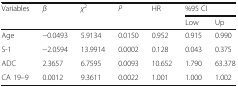
| <ROWSPAN=2> Variables | <ROWSPAN=2> β | <ROWSPAN=2> χ2 | <ROWSPAN=2> P | <ROWSPAN=2> HR | <COLSPAN=2> %95 CI |
 | Low | Up |
 | --- | --- | --- | --- | --- | --- | --- |
 | Age | −0.0493 | 5.9134 | 0.0150 | 0.952 | 0.915 | 0.990 |
 | S-1 | −2.0594 | 13.9914 | 0.0002 | 0.128 | 0.043 | 0.375 |
 | ADC | 2.3657 | 6.7595 | 0.0093 | 10.652 | 1.790 | 63.378 |
 | CA 19–9 | 0.0012 | 9.3611 | 0.0022 | 1.001 | 1.000 | 1.002 |